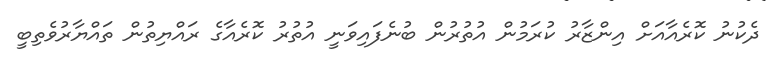
ދެކުނު ކޮރެއާއަށް އިންޒާރު ކުރަމުން އުތުރުން ބުނެފައިވަނީ އުތުރު ކޮރެއާގެ ރައްޔިތުން ތައްޔާރުވެތިބީ